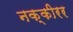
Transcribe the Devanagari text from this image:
नक्कीरर